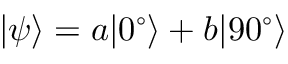
| \psi \rangle = a | 0 ^ { \circ } \rangle + b | 9 0 ^ { \circ } \rangle